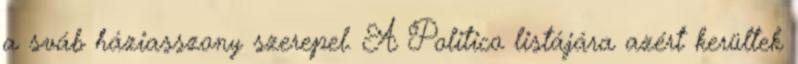
a sváb háziasszony szerepel. A Politico listájára azért kerültek